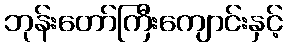
ဘုန်းတော်ကြီးကျောင်းနှင့်